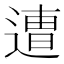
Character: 𮞸